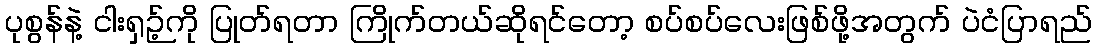
ပုစွန်နဲ့ ငါးရှဉ့်ကို ပြုတ်ရတာ ကြိုက်တယ်ဆိုရင်တော့ စပ်စပ်လေးဖြစ်ဖို့အတွက် ပဲငံပြာရည်